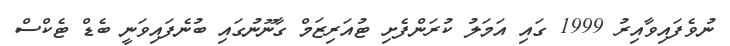
ނުވެފައިވާއިރު 1999 ގައި އަމަލު ކުރަންފެށި ޓުއަރިޒަމް ގާނޫނުގައި ބުނެފައިވަނީ ބެޑް ޓެކްސް